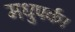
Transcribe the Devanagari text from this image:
मधुपर्क।